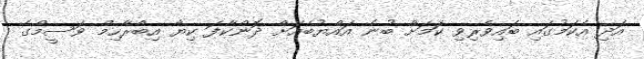
އަދި އެކަމުގައި ބައިވެރިވި ކަމަށް ބުނެ އައްޔުބެއަށް ދޮންކާފަ ކިޔާ އިބްރާހިމް ވަސީމްގެ